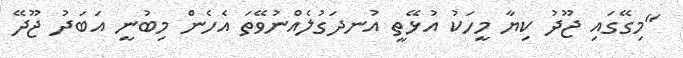
"މިގޭގައި ޖޫދު ކިޔާ މީހަކު އުޅޭތީ އުނދަގުލެއްނުވޭތަ އެހެން މިބުނީ އަބަދު ޖޫދޭ